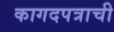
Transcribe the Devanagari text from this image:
कागदपत्राची